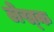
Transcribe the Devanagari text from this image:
लेख्क